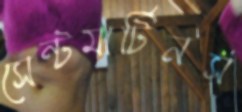
সেন্টমার্টিনস